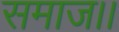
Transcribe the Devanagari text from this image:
समाज।।